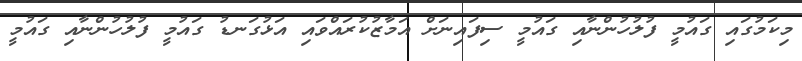
މިކަމުގައި ގައުމީ ފުލުހުންނާއި ގައުމީ ސިފައިނަށް އަމާޒުކުރައްވައި އަޅުގަނޑު ގައުމީ ފުލުހުންނާއި ގައުމީ